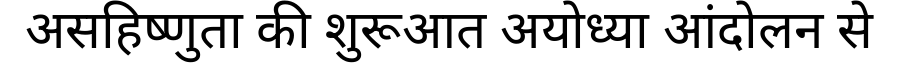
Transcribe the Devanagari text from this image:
असहिष्णुता की शुरूआत अयोध्या आंदोलन से